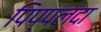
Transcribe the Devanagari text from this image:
पिप्‍पलदा